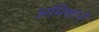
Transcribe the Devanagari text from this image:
अमिशाने